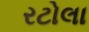
રટોલા